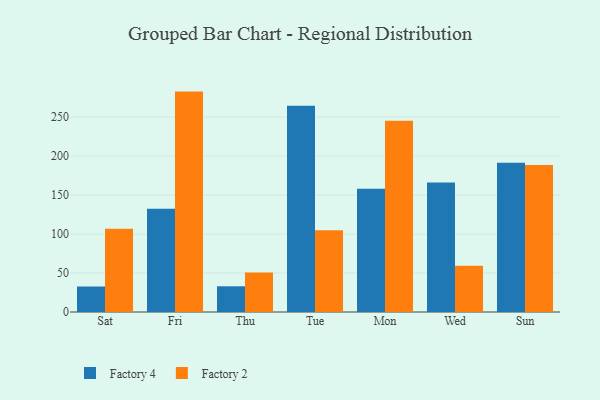
{"axis": {"x": "Day", "y": "Budget (USD K)"}, "legend": ["Factory 2", "Factory 4"], "data": [{"x": "Sat", "y": 32.7, "type": "Factory 4"}, {"x": "Sat", "y": 106.9, "type": "Factory 2"}, {"x": "Fri", "y": 132.4, "type": "Factory 4"}, {"x": "Fri", "y": 282.8, "type": "Factory 2"}, {"x": "Thu", "y": 33.0, "type": "Factory 4"}, {"x": "Thu", "y": 50.6, "type": "Factory 2"}, {"x": "Tue", "y": 264.5, "type": "Factory 4"}, {"x": "Tue", "y": 104.8, "type": "Factory 2"}, {"x": "Mon", "y": 158.0, "type": "Factory 4"}, {"x": "Mon", "y": 245.5, "type": "Factory 2"}, {"x": "Wed", "y": 166.3, "type": "Factory 4"}, {"x": "Wed", "y": 59.2, "type": "Factory 2"}, {"x": "Sun", "y": 191.6, "type": "Factory 4"}, {"x": "Sun", "y": 188.6, "type": "Factory 2"}]}